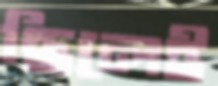
ছিলেই